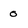
Character: 0